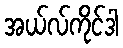
အယ်လ်ကိုင်ဒါ